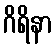
ဂိရိနာ